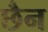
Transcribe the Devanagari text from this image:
छैन